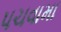
પચવામા